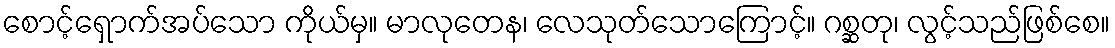
စောင့်ရှောက်အပ်သော ကိုယ်မှ။ မာလုတေန၊ လေသုတ်သောကြောင့်။ ဂစ္ဆတု၊ လွင့်သည်ဖြစ်စေ။